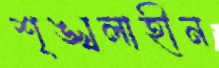
শৃঙ্খলাহীন